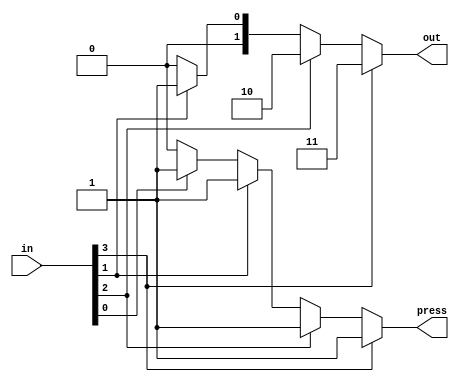
module codificadorTeclado (
input [3:0] in,
output reg [1:0] out,
output reg press
);

always @ (in) begin

	if(in[3]) begin
		out <= 2'b11;
		press <= 1'b1;
	end
	
	else if(in[2]) begin
		out <= 2'b10;
		press <= 1'b1;
	end
	
	else if(in[1]) begin
		out <= 2'b01;
		press <= 1'b1;
	end
	
	else if(in[0]) begin
		out <= 2'b00;
		press <= 1'b1;
	end
	
	else begin
		out <= 2'b00;
		press <= 1'b0;
	end	

end
		
		
endmodule